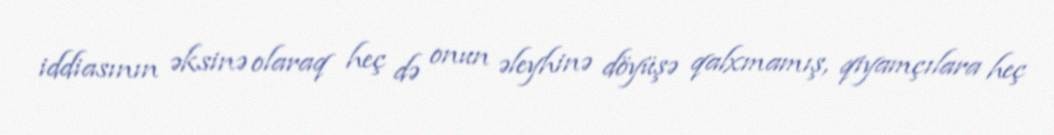
iddiasının əksinə olaraq heç də onun əleyhinə döyüşə qalxmamış, qiyamçılara heç